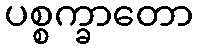
ပစ္စက္ခာတော